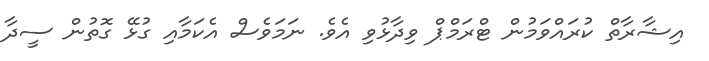
އިޝާރާތް ކުރައްވަމުން ޓްރަމްޕް ވިދާޅުވި އެވެ. ނަމަވެސް އެކަމާއި ގުޅޭ ގޮތުން ސީދާ